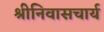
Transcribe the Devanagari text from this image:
श्रीनिवासचार्य